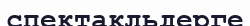
спектакльдерге